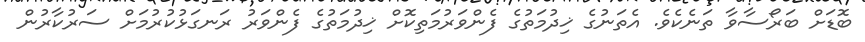
ބޮޑަށް ބަރޯސާވާ ތަނެކެވެ. އެތަނުގެ ޚިދުމަތުގެ ފެންވަރުމަތިކޮށް ޚިދުމަތުގެ ފެންވަރު ރަނގަޅުކުރުމަށް ސަރުކާރުން